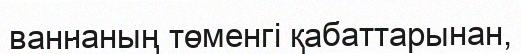
ваннаның төменгі қабаттарынан,